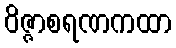
ဝိဇ္ဇာစရဏကထာ